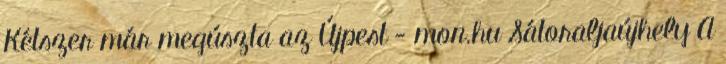
Kétszer már megúszta az Újpest - mon.hu Sátoraljaújhely A